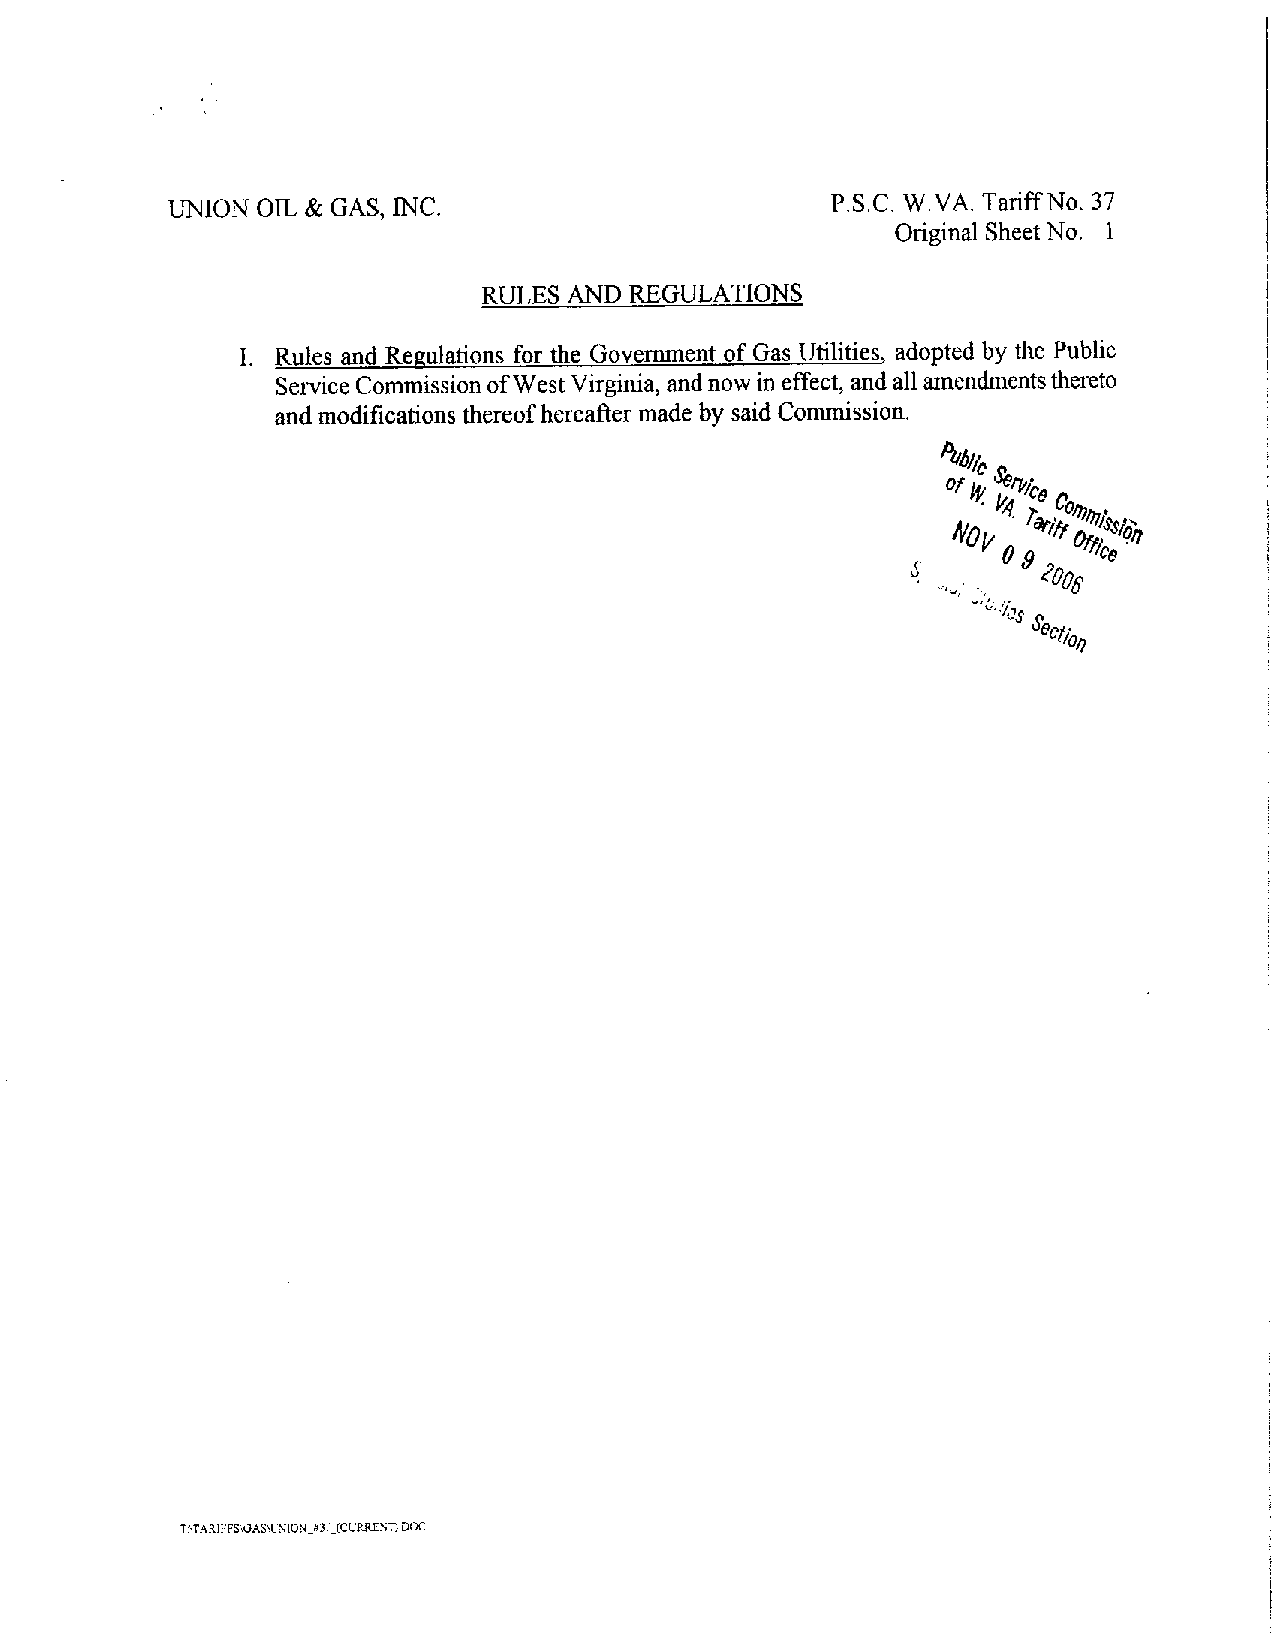
UNION OIL & GAS, INC.                       P.S.C. W.VA. Tariff No. 37
 OriginalSheet No. 1
 RULESAND  REGULATIONS
 I. Rules and Regulations for the Government of Gas Utilities , adopted by the Public
 ServiceCommissionofWestVirginia,andnowin effect,and allamendmentsthereto
 and modifications thereof hereafter made bysaid Commission.
 *
 %
 **   *»
 %
 *
 _
 T>TARIFFSuJASMNION 37(CURR£NT)DOC